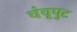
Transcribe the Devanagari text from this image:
चंचूपुट